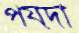
পয়দা